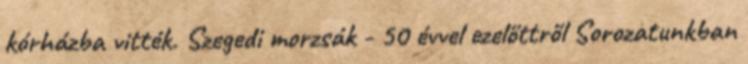
kórházba vitték. Szegedi morzsák - 50 évvel ezelőttről Sorozatunkban